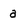
Character: a